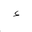
Letter: _hamza